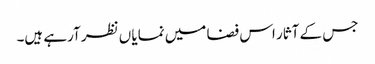
جس کے آثار اس فضا میں نمایا ں نظر آرہے ہیں۔